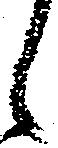
候